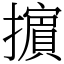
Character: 𢷤